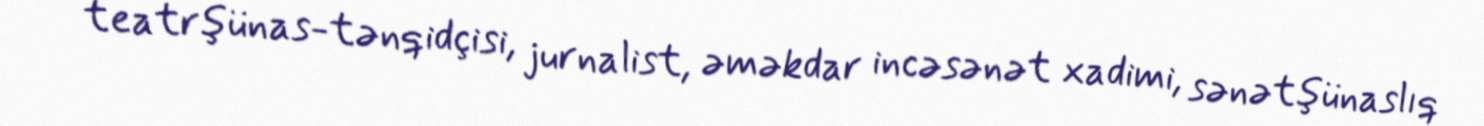
teatrşünas-tənqidçisi, jurnalist, əməkdar incəsənət xadimi, sənətşünaslıq